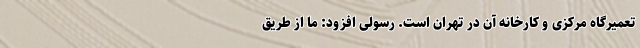
تعمیرگاه مرکزی و کارخانه آن در تهران است. رسولی افزود: ما از طریق